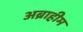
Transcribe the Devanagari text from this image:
अब्राहीम